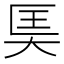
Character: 𪥎